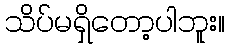
သိပ်မရှိတော့ပါဘူး။